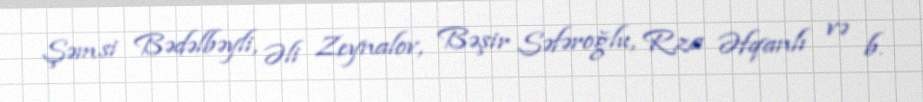
Şəmsi Bədəlbəyli, Əli Zeynalov, Bəşir Səfəroğlu, Rza Əfqanlı və b.